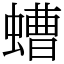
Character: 螬